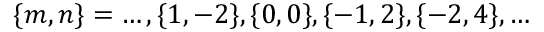
\{ m , n \} = \ldots , \{ 1 , - 2 \} , \{ 0 , 0 \} , \{ - 1 , 2 \} , \{ - 2 , 4 \} , \ldots